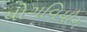
યોગવિયોગ